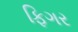
ફિગર